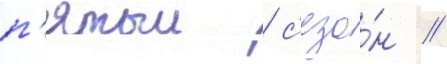
п'ятыи / с'езо́н //